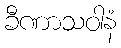
ခီဏာသဝါနံ